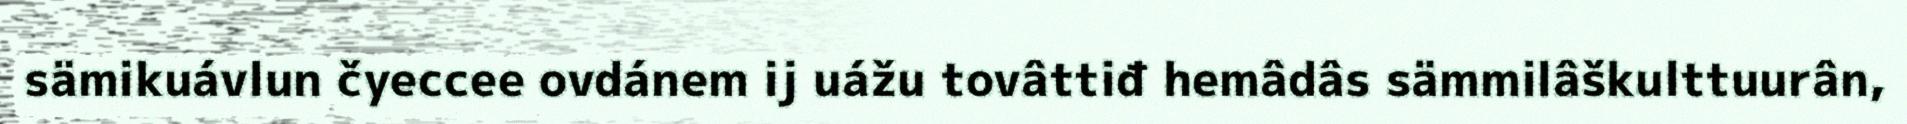
sämikuávlun čyeccee ovdánem ij uážu tovâttiđ hemâdâs sämmilâškulttuurân,